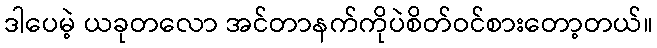
ဒါပေမဲ့ ယခုတလော အင်တာနက်ကိုပဲစိတ်ဝင်စားတော့တယ်။